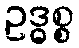
ဥဒ္ဓစ္စ